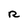
Character: R